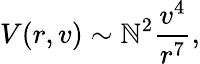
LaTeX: V(r,v)\sim\mathbb{N}^{2}\frac{{v^{4}}}{{r^{7}}},